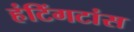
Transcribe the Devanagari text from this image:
हंटिंगटांस